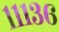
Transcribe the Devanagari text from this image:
१११३६